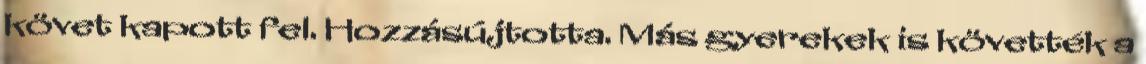
követ kapott fel. Hozzásújtotta. Más gyerekek is követték a